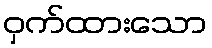
ဝှက်ထားသော